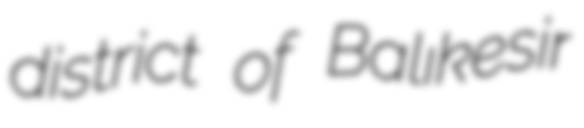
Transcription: district of Balıkesir